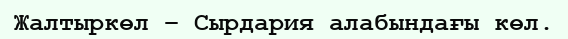
Жалтыркөл – Сырдария алабындағы көл.